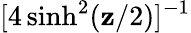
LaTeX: [4\sinh^{2}(\mathbf{z}/2)]^{-1}